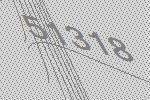
51318